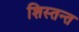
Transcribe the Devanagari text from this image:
शिस्तन्त